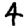
Digit: 4